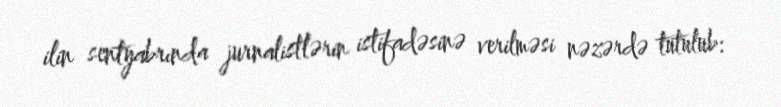
ilin sentyabrında jurnalistlərin istifadəsinə verilməsi nəzərdə tutulub: